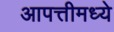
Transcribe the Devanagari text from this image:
आपत्तीमध्ये